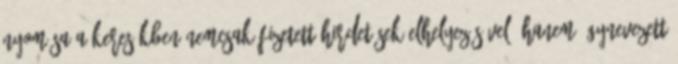
nyomása a keresőkben nemcsak fizetett hirdetések elhelyezésével, hanem úgynevezett